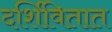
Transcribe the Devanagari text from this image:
दर्शिवितात